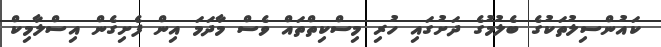
ކައުންސިލުތަކުގެ ބެލުމުގެ ދަށުގައި ހުރި މިސްކިތްތައް ވެސް މާދަމަ އިން ފެށިގެން އިސްލާމިކް